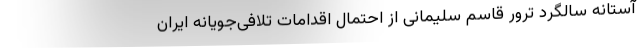
آستانه سالگرد ترور قاسم سلیمانی از احتمال اقدامات تلافی‌جویانه ایران